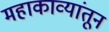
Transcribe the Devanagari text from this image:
महाकाव्यांतून